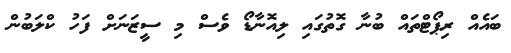
ބައެއް ރިޕޯޓްތައް ބުނާ ގޮތުގައި ލިއޮނާޑޯ ވެސް މި ސީޒަނަށް ފަހު ކްލަބުން